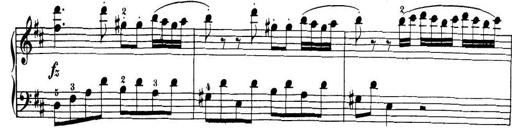
Title: 32 Sonatinas and Rondos for the Piano
Composer: Richard Kleinmichel